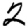
Digit: 2